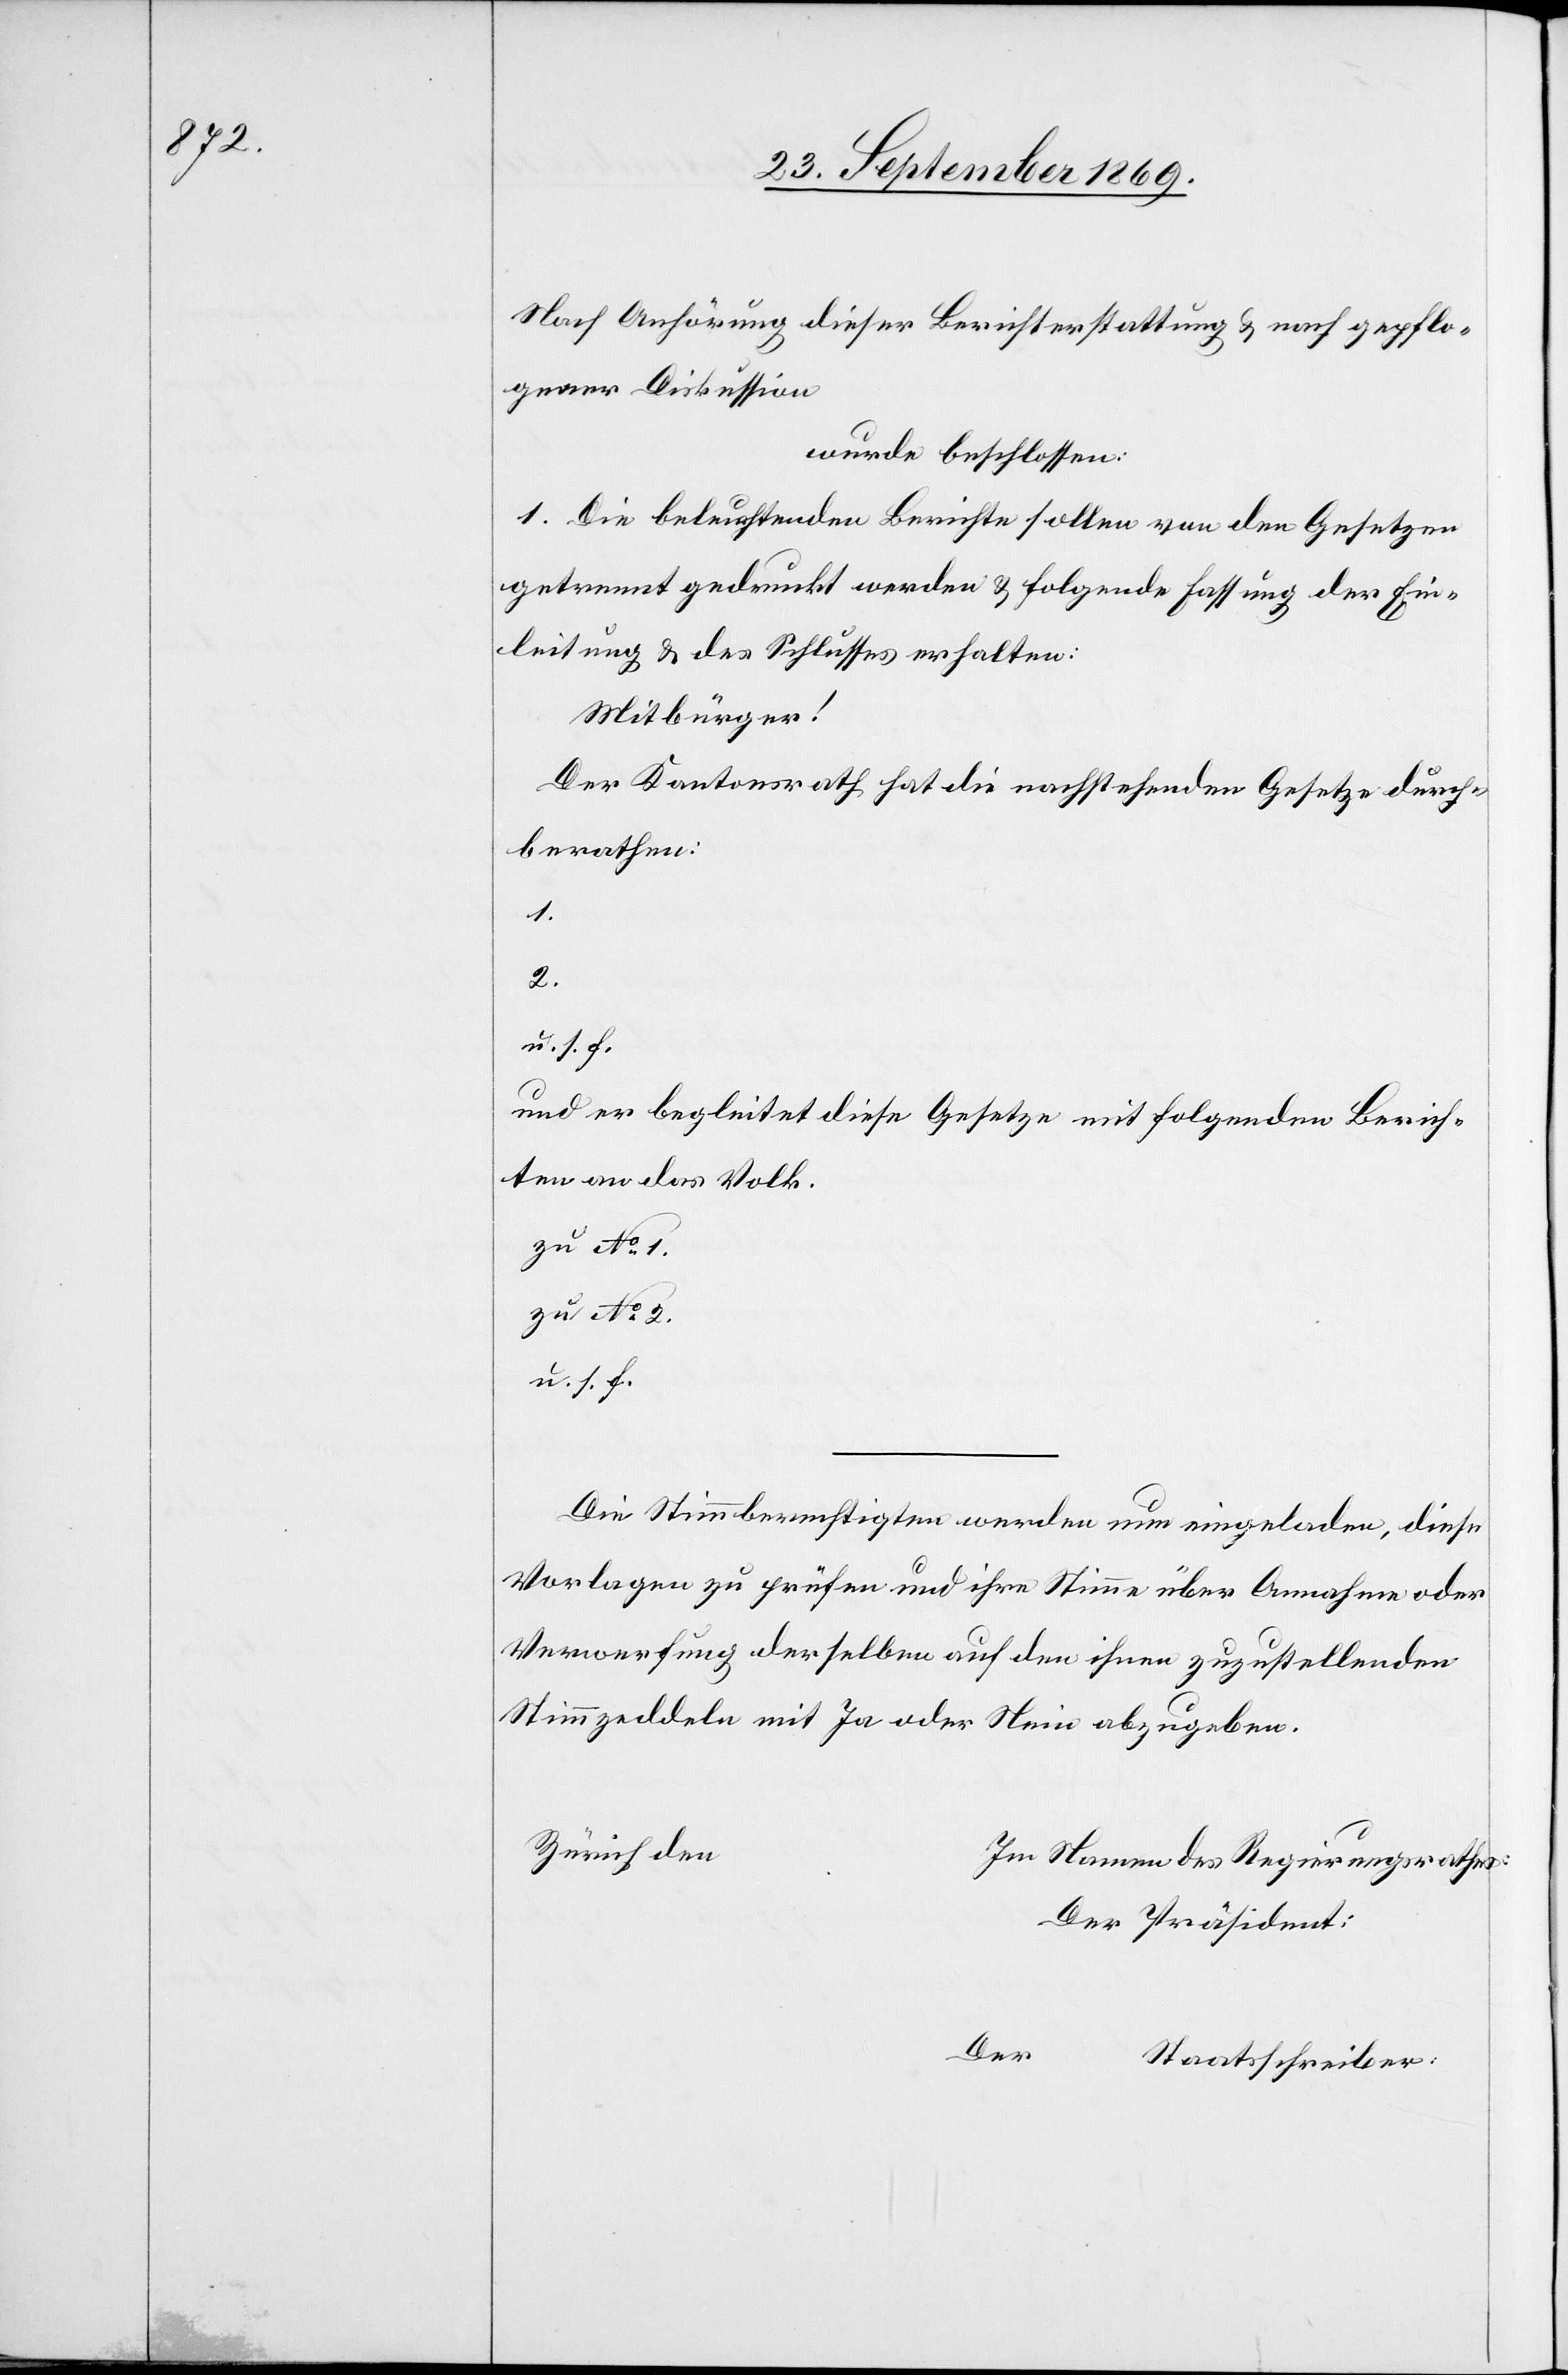
Nach Anhörung dieser Berichterstattung & nach gepflo¬
gener Diskussion
wurde beschlossen:
1. Die beleuchtenden Berichte sollen von den Gesetzen
getrennt gedruckt werden & folgende Fassung der Ein¬
leitung & des Schlusses erhalten:
Mitbürger!
Der Kantonsrath hat die nachstehenden Gesetze durch¬
berathen:
1.
2.
u. s. f.
und er begleitet diese Gesetze mit folgenden Berich¬
ten an das Volk.
zu No 1.
zu No 2.
u. s. f.
Die Stimmberechtigten werden nun eingeladen, diese
Vorlagen zu prüfen und ihre Stimme über Annahme oder
Verwerfung derselben auf den ihnen zuzustellenden
Stimmzeddeln mit Ja oder Nein abzugeben.
Zürich den
Namen des Regierungsrathes:
Der Präsident
Der
Staatsschreiber: